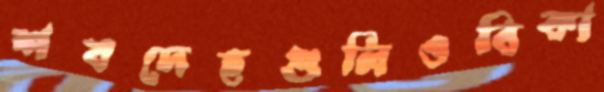
শবদেহগুলিওবিকা